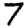
Digit: 7